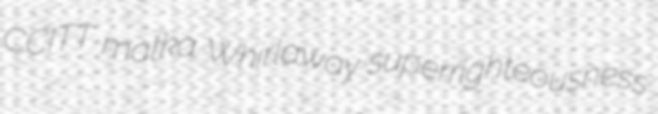
CCITT matka Whirlaway superrighteousness